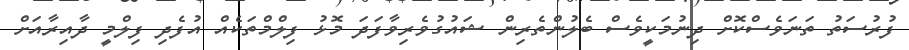
ފުރުސަތު ތަނަވެސްކޮށް ދިނުމަކީވެސް ބެލުންތެރިން ޝައުގުވެރިވާފަދަ މޮޅު ފިލްމްތަކެއް އުފެދި ފިލްމީ ދާއިރާއަށް